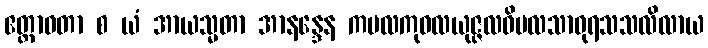
ဧတ္တာဝတာ စ ယံ အာယသ္မတာ အာနန္ဒေန ကမလကုဝလယုဇ္ဇလဝိမလသာဓုရသသလိလာယ